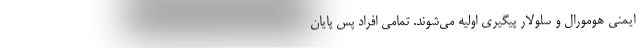
ایمنی هومورال و سلولار پیگیری اولیه می‌شوند. تمامی افراد پس پایان